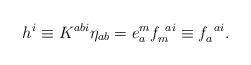
LaTeX: \begin{align*}h^i \equiv K^{abi} \eta_{ab}= e^m_a f_m^{~ai} \equiv f_a^{~ai} .\end{align*}